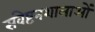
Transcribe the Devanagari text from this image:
संवेष्टनशालाओं